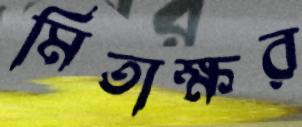
মিতাক্ষর